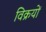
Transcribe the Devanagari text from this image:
विक्रयों